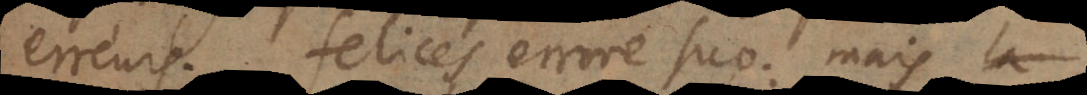
erreurs. Felices errore suo: mais la